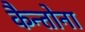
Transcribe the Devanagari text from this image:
कैन्तोना